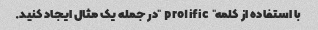
با استفاده از کلمه "prolific" در جمله یک مثال ایجاد کنید.